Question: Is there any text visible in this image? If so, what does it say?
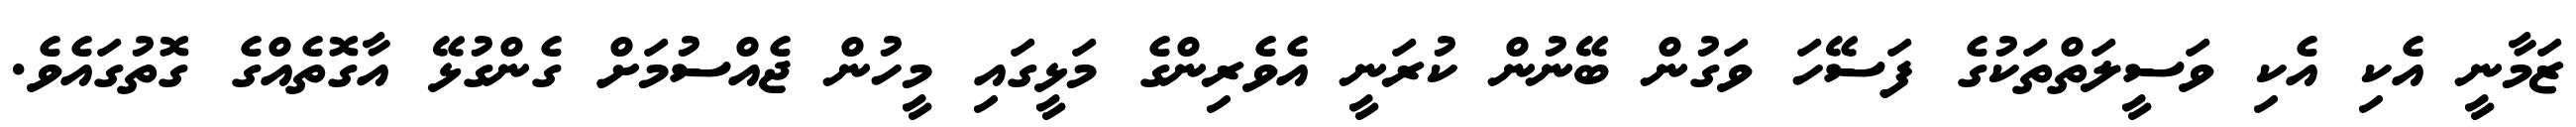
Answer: ޒަމާނީ އެކި އެކި ވަސީލަތްތަކުގެ ފަސޭހަ ވަގުން ބޭނުން ކުރަނީ އެވެރިންގެ މަޅީގައި މީހުން ޖެއްސުމަށް ގެންގުޅޭ އާގޮތެއްގެ ގޮތުގައެވެ.